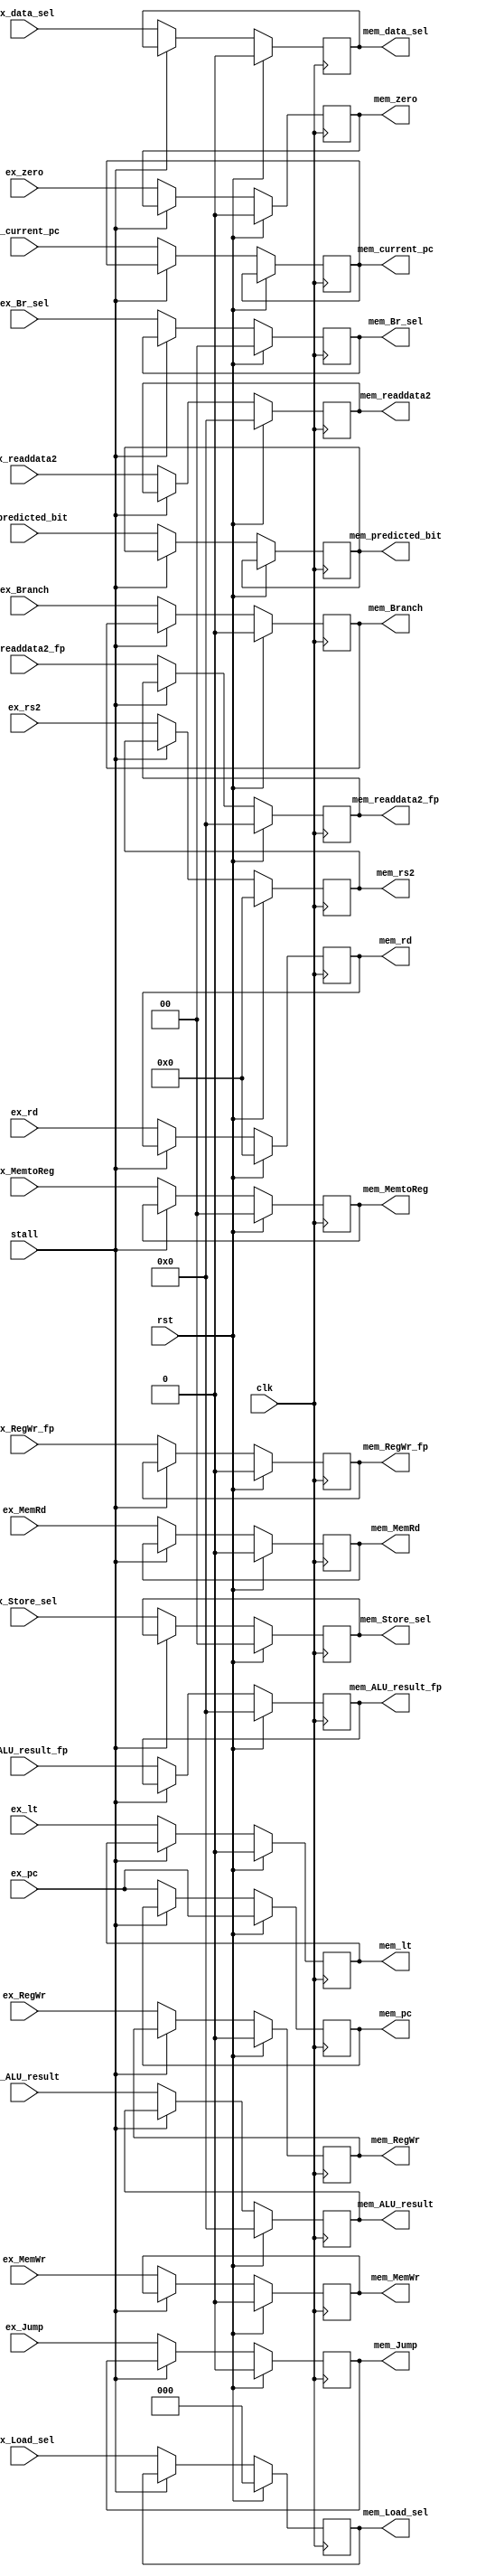
module EX_MEM (
  //================================INPUT FROM EX===========================================
  input  wire        clk              ,
  input  wire        rst              ,
  input  wire        ex_MemRd         , // Control Unit -> Reg_EX_MEM
  input  wire        ex_RegWr         , // Control Unit -> Reg_EX_MEM
  input  wire        ex_MemWr         , // Control Unit -> Reg_EX_MEM
  input  wire [1:0]  ex_MemtoReg      , // Control Unit -> Reg_EX_MEM
  input  wire        ex_zero          , // ALU -> Reg_EX_MEM
  input  wire        ex_lt            , // ALU -> Reg_EX_MEM
  input  wire [4:0]  ex_rd            , // ID block     -> Reg_EX_MEM
  input  wire [4:0]  ex_rs2           , // Reg ID_EX    -> Reg_EX_MEM
  input  wire [31:0] ex_pc            , // result of 1st CLA
  input  wire [31:0] ex_current_pc    , // current PC
  input  wire [31:0] ex_readdata2     , // Reg file     -> Reg ID_EX  -> Reg_EX_MEM
  input  wire [1:0]  ex_Br_sel        , // Control Unit -> Reg ID_EX  -> Reg_EX_MEM
  input  wire        ex_Branch        , // Control Unit -> Reg ID_EX  -> Reg_EX_MEM
  input  wire        ex_Jump          , // Control Unit -> Reg ID_EX  -> Reg_EX_MEM
  input  wire [2:0]  ex_Load_sel      , // Control Unit -> Reg ID_EX  -> Reg_EX_MEM -> Reg Mem/WB
  input  wire [1:0]  ex_Store_sel     , // Control Unit -> Reg ID_EX  -> Reg_EX_MEM -> DataMem
  input  wire [31:0] ex_ALU_result    ,
  input  wire        ex_predicted_bit ,
  input  wire        ex_RegWr_fp      , // Control Unit -> Reg_EX_MEM
  input  wire [31:0] ex_readdata2_fp  , // Reg file     -> Reg ID_EX  -> Reg_EX_MEM
  input  wire [31:0] ex_ALU_result_fp ,
  input              ex_data_sel      ,

  input wire         stall            ,
  
  //===============================OUTPUT TO MEM===========================================            
  output reg         mem_MemRd        ,
  output reg         mem_RegWr        ,
  output reg         mem_MemWr        ,
  output reg  [1:0]  mem_MemtoReg     ,
  output reg         mem_zero         ,
  output reg         mem_lt           ,
  output reg  [4:0]  mem_rd           ,
  output reg  [4:0]  mem_rs2          ,
  output reg  [31:0] mem_pc		      ,
  output reg  [31:0] mem_current_pc	  ,  
  output reg  [31:0] mem_readdata2    ,
  output reg  [1:0]  mem_Br_sel       ,
  output reg         mem_Branch       ,
  output reg         mem_Jump         ,
  output reg  [2:0]  mem_Load_sel     , 
  output reg  [1:0]  mem_Store_sel    , 
  output reg  [31:0] mem_ALU_result   ,
  output reg         mem_predicted_bit,
  output reg         mem_RegWr_fp     , 
  output reg  [31:0] mem_readdata2_fp ,
  output reg  [31:0] mem_ALU_result_fp,
  output reg         mem_data_sel  
);

    always @ (negedge clk) begin
        if (rst) begin
            mem_MemRd         <= 0;
            mem_RegWr         <= 0;
            mem_MemWr         <= 0;
            mem_MemtoReg      <= 0;
            mem_zero          <= 0;
            mem_lt            <= 0;
            mem_rd            <= 0;
            mem_rs2	          <= 0;
            mem_pc            <= ex_pc;
//            mem_current_pc    <= ex_current_pc;
            mem_readdata2     <= 0;
	        mem_Br_sel        <= 0;
	        mem_Branch        <= 0;
	        mem_Jump          <= 0;
	        mem_Load_sel      <= 0;
	        mem_Store_sel     <= 0;
            mem_ALU_result    <= 0;
	        mem_RegWr_fp      <= 0;
	        mem_readdata2_fp  <= 0;
	        mem_ALU_result_fp <= 0;
	        mem_data_sel      <= 0;
        end 
        else begin
            if (stall==0) begin
            mem_MemRd         <= ex_MemRd;
            mem_RegWr         <= ex_RegWr;
            mem_MemWr         <= ex_MemWr;
            mem_MemtoReg      <= ex_MemtoReg;
            mem_zero          <= ex_zero;
            mem_lt            <= ex_lt;
            mem_rd            <= ex_rd;
            mem_rs2           <= ex_rs2;
            mem_pc            <= ex_pc;
            mem_current_pc    <= ex_current_pc;
            mem_readdata2     <= ex_readdata2;
		    mem_Br_sel        <= ex_Br_sel;
		    mem_Branch        <= ex_Branch;
		    mem_Jump          <= ex_Jump;
		    mem_Load_sel      <= ex_Load_sel  ;
		    mem_Store_sel     <= ex_Store_sel ;
            mem_ALU_result    <= ex_ALU_result;
		    mem_predicted_bit <= ex_predicted_bit;
		    mem_RegWr_fp      <= ex_RegWr_fp;
		    mem_readdata2_fp  <= ex_readdata2_fp;
		    mem_ALU_result_fp <= ex_ALU_result_fp;
		    mem_data_sel      <= ex_data_sel;
            end
        end
    end
endmodule